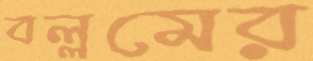
বল্লমের